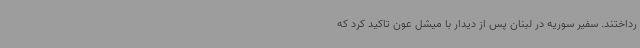
رداختند. سفیر سوریه در لبنان پس از دیدار با میشل عون تاکید کرد که